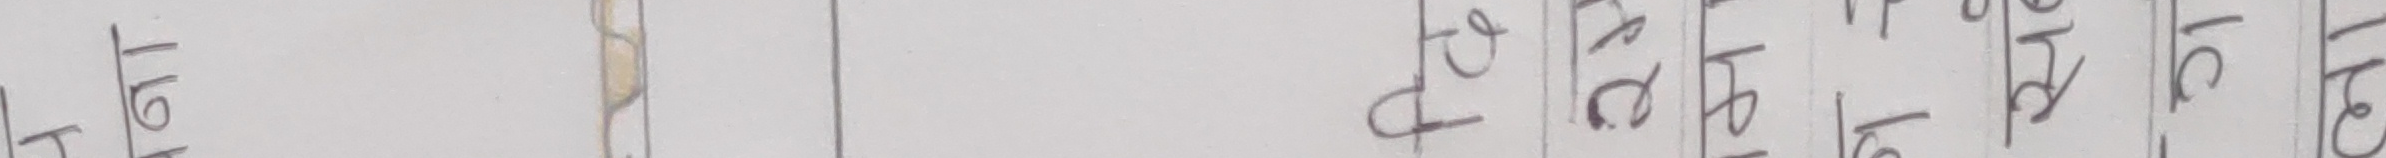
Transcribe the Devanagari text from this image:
१ ५ २ ४ ७ ८ ६